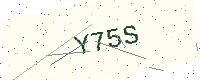
Text: Y75S